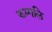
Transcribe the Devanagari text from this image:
कम्पलि